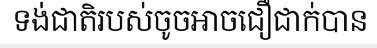
ទង់ជាតិរបស់ចូចអាចជឿជាក់បាន